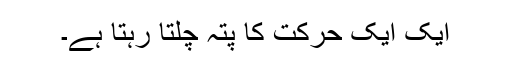
ایک ایک حرکت کا پتہ چلتا رہتا ہے۔